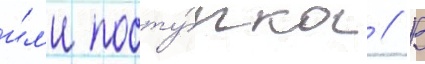
и́л'и посту́пка // В